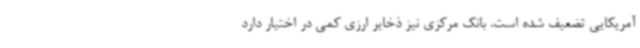
آمریکایی تضعیف شده است. بانک مرکزی نیز ذخایر ارزی کمی در اختیار دارد